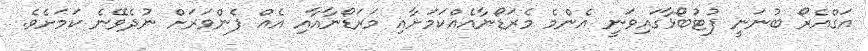
އަގްއެރޯ ބުނަނީ ފުޓުބޯޅާގައިވަނީ އެންމެ މެރަޑޯނާއެއްކަމަށާއި މަރަޑޯނާއާއި އެއް ފެންވަރަށް ނުދެވޭނެ ކަމަށެވެ.